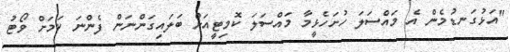
"އަޅުގަނޑުމެން އެ މައްސަލަ ހުށަހެޅީމާ މައްސަލަ ކޮމިޓީއަށް ބަލައިގަންނަން ފެންނަ ކަމަށް ވޯޓު